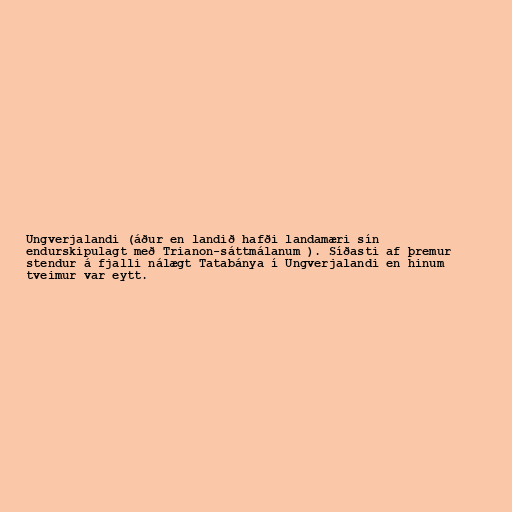
Ungverjalandi (áður en landið hafði landamæri sín
endurskipulagt með Trianon-sáttmálanum ). Síðasti af þremur
stendur á fjalli nálægt Tatabánya í Ungverjalandi en hinum
tveimur var eytt.